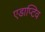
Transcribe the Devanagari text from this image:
एडाप्टिव